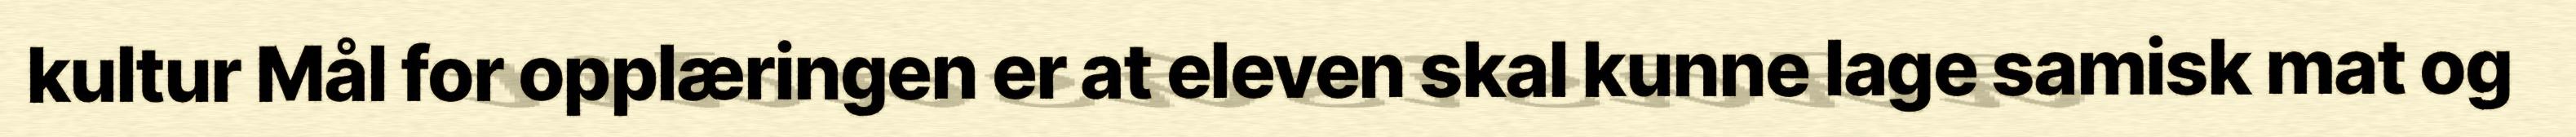
kultur Mål for opplæringen er at eleven skal kunne lage samisk mat og